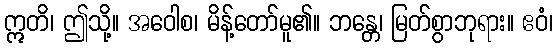
ဣတိ၊ ဤသို့။ အဝေါစ၊ မိန့်တော်မူ၏။ ဘန္တေ၊ မြတ်စွာဘုရား။ ဧဝံ၊